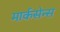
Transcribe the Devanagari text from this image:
मार्कसेन्स